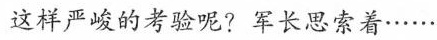
这样严峻的考验呢?军长思索着……